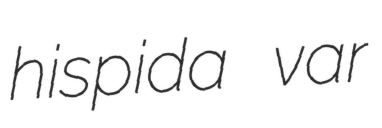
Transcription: hispida var